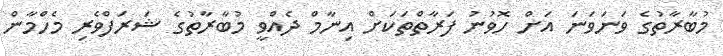
މުބާރާތުގެ ވަނަވަނަ އަށް ހޮވުނު ފަރާތްތަކަށް އިނާމް ދެއްވީ މުބާރާތުގެ ޝަރަފްވެރި މެހްމާން